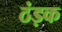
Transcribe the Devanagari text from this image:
ठंड़क